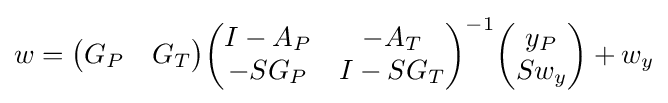
{\begin{aligned}w={\begin{pmatrix}G_{P}&G_{T}\end{pmatrix}}{\begin{pmatrix}I-A_{P}&-A_{T}\\-SG_{P}&I-SG_{T}\end{pmatrix}}^{-1}{\begin{pmatrix}y_{P}\\Sw_{y}\end{pmatrix}}+w_{y}\end{aligned}}